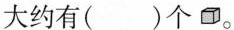
大约有( )个。